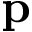
\textbf { p }